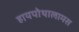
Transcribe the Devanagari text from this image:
हायपोथालामस